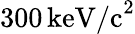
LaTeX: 300\, \mathrm{keV/c}^{2}